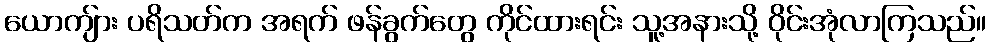
ယောကျ်ား ပရိသတ်က အရက် ဖန်ခွက်တွေ ကိုင်ထားရင်း သူ့အနားသို့ ဝိုင်းအုံလာကြသည်။